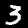
Digit: 3